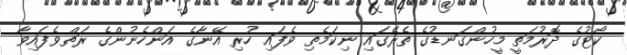
ކޯޓުގެ ދޮރުމަތީ މީހުންގަނޑުގެ ތެރޭގައި ނިކަމެތި ވެފައި ހުރި އޭނާގެ އަންހެނުންގެ ރަތްވެފައިވާ